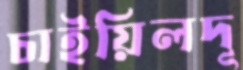
চাইয়িলদূ